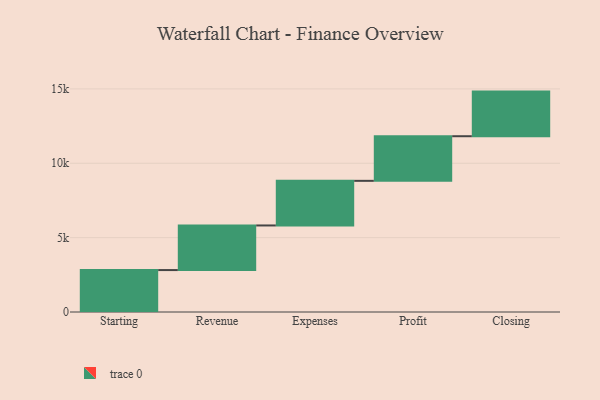
{"axis": {"x": "Step", "y": "Value"}, "legend": [""], "data": [{"x": "Starting", "y": 2819.0, "type": ""}, {"x": "Revenue", "y": 3000, "type": ""}, {"x": "Expenses", "y": 3000, "type": ""}, {"x": "Profit", "y": 3000, "type": ""}, {"x": "Closing", "y": 3000, "type": ""}]}